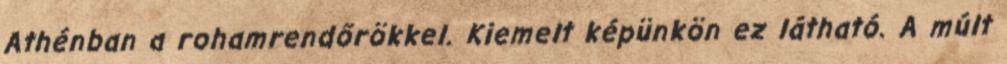
Athénban a rohamrendőrökkel. Kiemelt képünkön ez látható. A múlt